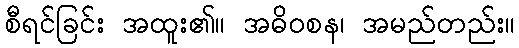
စီရင်ခြင်း အထူး၏။ အဓိဝစန၊ အမည်တည်း။